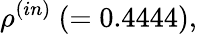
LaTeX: \rho^{(in)}~(=0.4444),